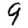
Digit: 9